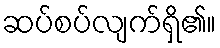
ဆပ်စပ်လျက်ရှိ၏။